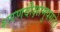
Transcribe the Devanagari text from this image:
शरणदीक्षामुपगते।